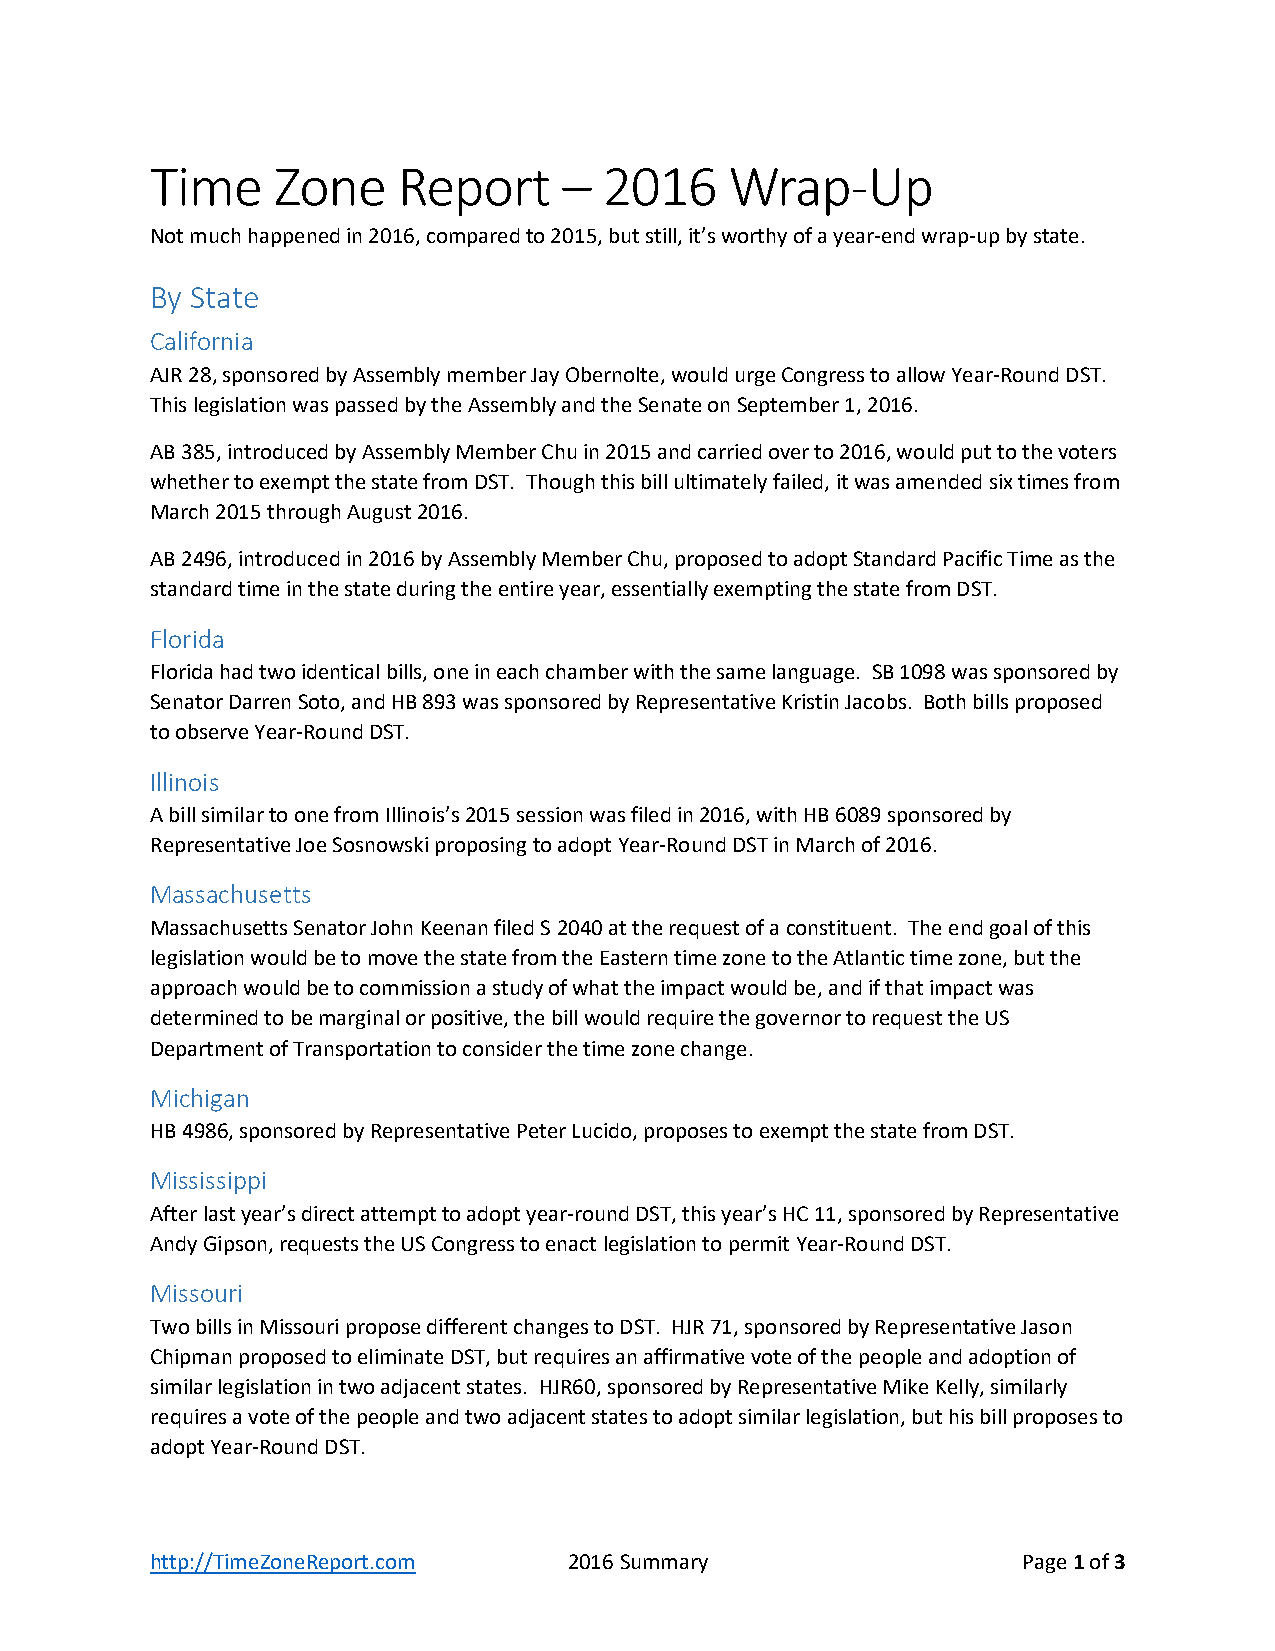
Time    Zone    Report     –  2016    Wrap-Up
 Not much happened in 2016, compared to 2015, but still, it’s worthy of a year-end wrap-up by state.
 By State
 California
 AJR 28, sponsored by Assembly member Jay Obernolte, would urge Congress to allow Year-Round DST.
 This legislation was passed by the Assembly and the Senate on September 1, 2016.
 AB 385, introduced by Assembly Member Chu in 2015 and carried over to 2016, would put to the voters
 whether to exempt the state from DST. Though this bill ultimately failed, it was amended six times from
 March 2015 through August 2016.
 AB 2496, introduced in 2016 by Assembly Member Chu, proposed to adopt Standard Pacific Time as the
 standard time in the state during the entire year, essentially exempting the state from DST.
 Florida
 Florida had two identical bills, one in each chamber with the same language. SB 1098 was sponsored by
 Senator Darren Soto, and HB 893 was sponsored by Representative Kristin Jacobs. Both bills proposed
 to observe Year-Round DST.
 Illinois
 A bill similar to one from Illinois’s 2015 session was filed in 2016, with HB 6089 sponsored by
 Representative Joe Sosnowski proposing to adopt Year-Round DST in March of 2016.
 Massachusetts
 Massachusetts Senator John Keenan filed S 2040 at the request of a constituent. The end goal of this
 legislation would be to move the state from the Eastern time zone to the Atlantic time zone, but the
 approach would be to commission a study of what the impact would be, and if that impact was
 determined to be marginal or positive, the bill would require the governor to request the US
 Department of Transportation to consider the time zone change.
 Michigan
 HB 4986, sponsored by Representative Peter Lucido, proposes to exempt the state from DST.
 Mississippi
 After last year’s direct attempt to adopt year-round DST, this year’s HC 11, sponsored by Representative
 Andy Gipson, requests the US Congress to enact legislation to permit Year-Round DST.
 Missouri
 Two bills in Missouri propose different changes to DST. HJR 71, sponsored by Representative Jason
 Chipman proposed to eliminate DST, but requires an affirmative vote of the people and adoption of
 similar legislation in two adjacent states. HJR60, sponsored by Representative Mike Kelly, similarly
 requires a vote of the people and two adjacent states to adopt similar legislation, but his bill proposes to
 adopt Year-Round DST.
 http://TimeZoneReport.com   2016 Summary                  Page 1 of 3